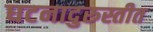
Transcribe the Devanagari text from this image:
घटनादुरुस्तीत